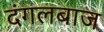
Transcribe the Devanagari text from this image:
दंगलबाज